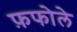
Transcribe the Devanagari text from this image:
फ़फोले